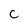
Character: c